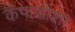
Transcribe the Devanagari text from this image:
कॅपाडोशा